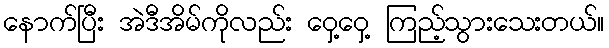
နောက်ပြီး အဲဒီအိမ်ကိုလည်း ဝှေ့ဝှေ့ ကြည့်သွားသေးတယ်။